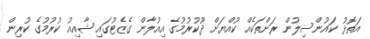
އަތޮޅު ކައުންސިލުން ރަށްތަކެއް ކުއްޔަށް ދޫކުރުމުގެ އިއުލާން ގެޒެޓުގައި ޝާއިއު ކުރުމުގެ ކުރިން